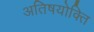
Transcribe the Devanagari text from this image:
अतिषयोक्ति